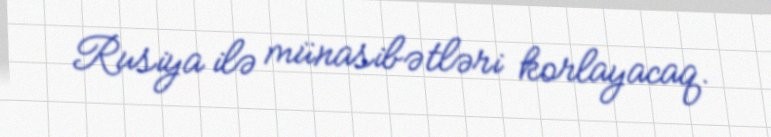
Rusiya ilə münasibətləri korlayacaq.